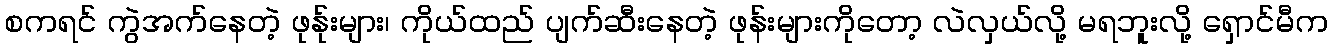
စကရင် ကွဲအက်နေတဲ့ ဖုန်ုးများ၊ ကိုယ်ထည် ပျက်ဆီးနေတဲ့ ဖုန်းများကိုတော့ လဲလှယ်လို့ မရဘူးလို့ ရှောင်မီက